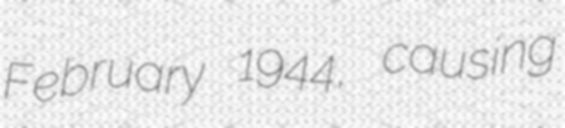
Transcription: February 1944, causing